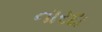
નારદા